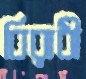
বিরাধী